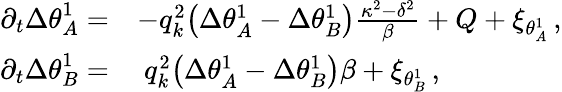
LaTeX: \begin{array}{rl}{\partial_{t}{\Delta\theta}_{A}^{1}=}&{-q_{k}^{2}\big(\Delta\theta_{A}^{1}-\Delta\theta_{B}^{1}\big)\frac{\kappa^{2}-\delta^{2}}{\beta}+Q+\xi_{\theta_{A}^{1}}\, ,}\\ {\partial_{t}{\Delta\theta}_{B}^{1}=}&{~q_{k}^{2}\big(\Delta\theta_{A}^{1}-\Delta\theta_{B}^{1}\big)\beta+\xi_{\theta_{B}^{1}}\, ,}\end{array}